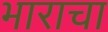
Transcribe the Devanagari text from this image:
भाराचा